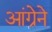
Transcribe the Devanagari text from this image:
आंग्रेने